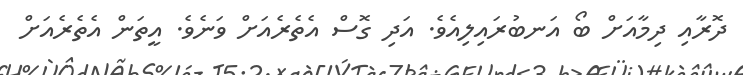
ދޮރާއި ދިމާއަށް ބޯ އަނބުރައިލިއެވެ. އަދި ގޮސް އެތެރެއަށް ވަނެވެ. އީތަން އެތެރެއަށް